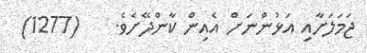
ޖަމަލަށާއި އަޅުންނަށް އެއިން ކާންދޭށެވެ.    (1277)